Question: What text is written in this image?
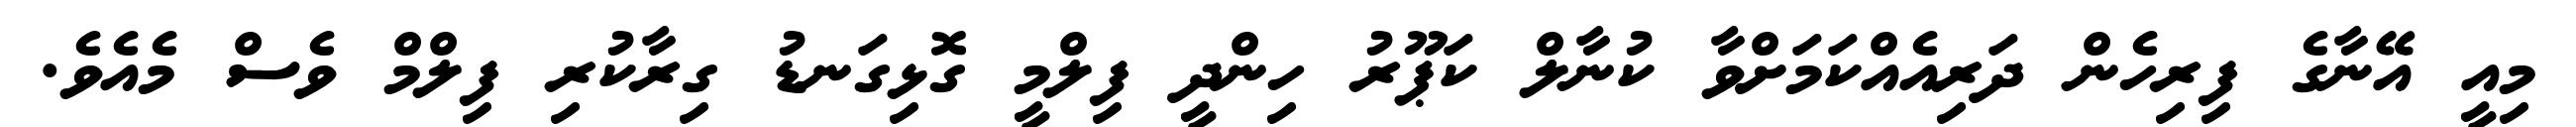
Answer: މިއީ އޭނާގެ ފިރިހެން ދަރިއެއްކަމަށްވާ ކުނާލް ކަޕޫރު ހިންދީ ފިލްމީ ގޮޅިގަނޑު ގިރާކުރި ފިލްމް ވެސް މެއެވެ.